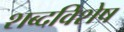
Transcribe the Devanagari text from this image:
शब्दविशेष